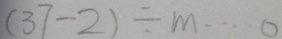
( 3 7 - 2 ) \div m \cdots 0